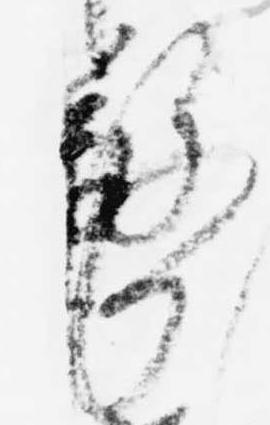
務